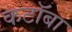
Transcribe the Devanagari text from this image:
कटॉबा